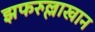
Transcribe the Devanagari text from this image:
झफरुल्लाखान